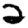
Digit: 2